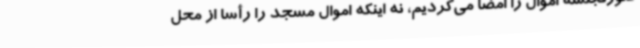
صورتجلسه اموال را امضا می‌کردیم، نه اینکه اموال مسجد را رأسا از محل